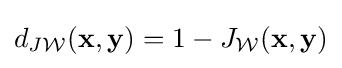
d_{J{\mathcal {W}}}(\mathbf {x} ,\mathbf {y} )=1-J_{\mathcal {W}}(\mathbf {x} ,\mathbf {y} )